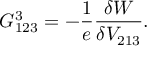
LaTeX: G _ { 1 2 3 } ^ { 3 } = - \frac { 1 } { e } \frac { \delta W } { \delta V _ { 2 1 3 } } .